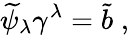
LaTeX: {\widetilde\psi}_{\lambda}\gamma^{\lambda}={\tilde{b}}\; ,